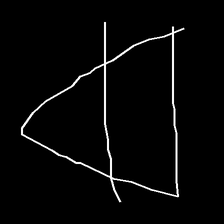
Glyph: empower